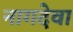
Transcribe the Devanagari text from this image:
नागदेवा